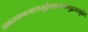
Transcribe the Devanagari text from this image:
अनंन्तसागरमहासमुद्रेमग्नान्समभ्युद्धरवासुदेव।